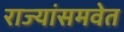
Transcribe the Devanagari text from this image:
राज्यांसमवेत